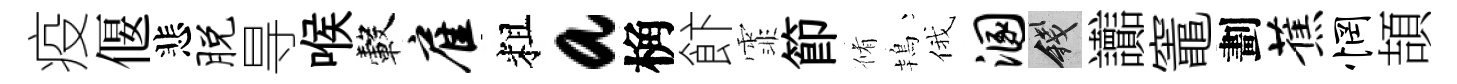
疫偃悲脱㝵喉轂雇粗a桷飰霏節脩鴇俄溷錢讟竈劃蕉惘頡